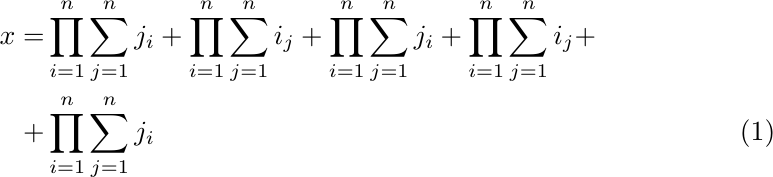
\begin{align}
    x =& \prod_{i=1}^n \sum_{j=1}^n j_i + \prod_{i=1}^n \sum_{j=1}^n i_j + \prod_{i=1}^n \sum_{j=1}^n j_i + \prod_{i=1}^n \sum_{j=1}^n i_j + \nonumber\\
    + & \prod_{i=1}^n \sum_{j=1}^n j_i
\end{align}%